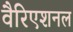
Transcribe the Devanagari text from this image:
वैरिएशनल